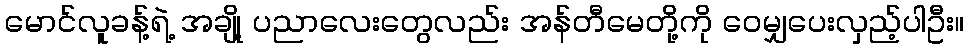
မောင်လူခန့်ရဲ့ အချို့ ပညာလေးတွေလည်း အန်တီမေတို့ကို ဝေမျှပေးလှည့်ပါဦး။